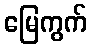
မြေကွက်